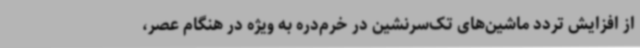
از افزایش تردد ماشین‌های تک‌سرنشین در خرم‌دره به ویژه در هنگام عصر،